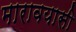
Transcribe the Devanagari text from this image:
मारावयासी